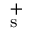
_ \mathrm { s } ^ { + }